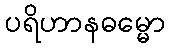
ပရိဟာနဓမ္မော